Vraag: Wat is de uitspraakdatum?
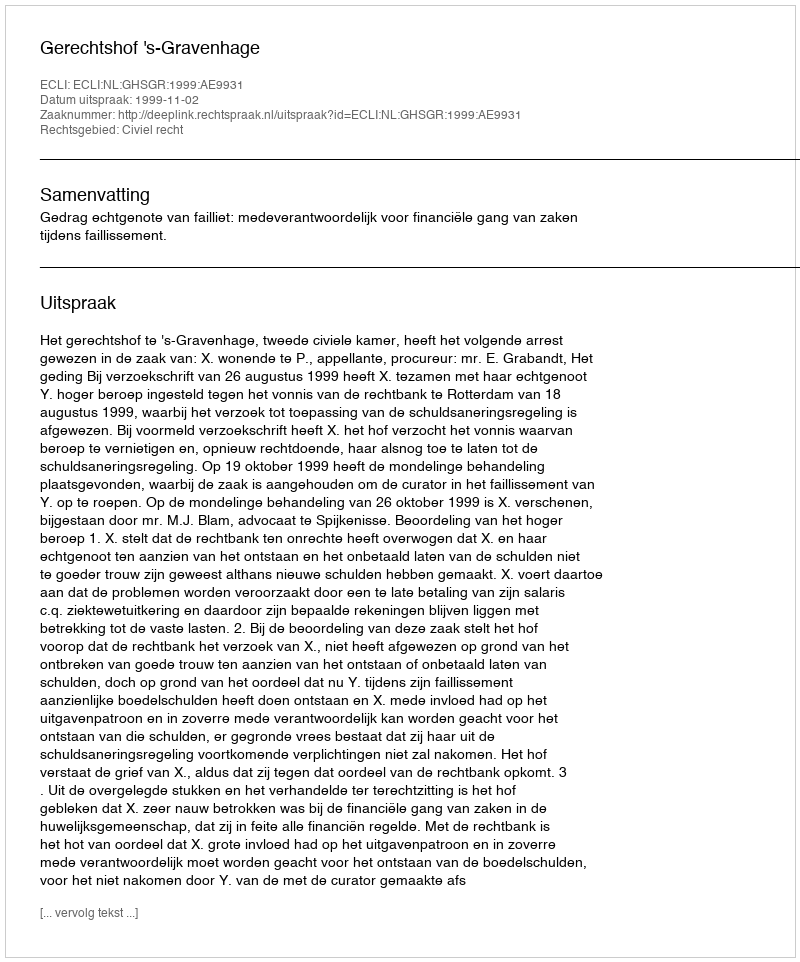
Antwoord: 1999-11-02